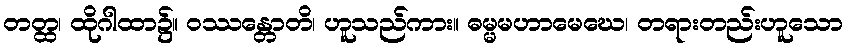
တတ္ထ၊ ထိုဂါထာ၌။ ဝဿန္တောတိ၊ ဟူသည်ကား။ ဓမ္မမဟာမေဃေ၊ တရားတည်းဟူသော